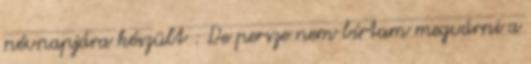
névnapjára készült : De persze nem bírtam megvárni a